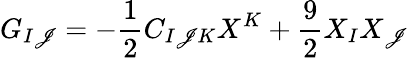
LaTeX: G_{I\mathscr{J}}=-{\frac{{1}}{{2}}}C_{I\mathscr{J}K}X^{K}+{\frac{{9}}{{2}}}X_{I}X_{\mathscr{J}}